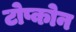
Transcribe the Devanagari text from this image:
टोप्कोन